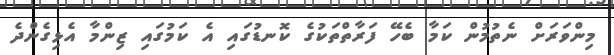
މިންވަރަށް ނެތުމުން ކަމާ ބެހޭ ފަރާތްތަކުގެ ކޮނޑުގައި އެ ކަމުގައި ޒިންމާ އެޅިގެންދެ